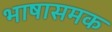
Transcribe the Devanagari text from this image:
भाषासमक